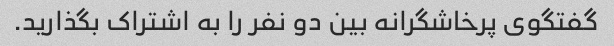
گفتگوی پرخاشگرانه بین دو نفر را به اشتراک بگذارید.